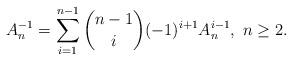
LaTeX: \begin{align*}A_n^{-1} = \sum_{i=1}^{n-1} \binom{n-1}{i} (-1)^{i+1} A_n^{i-1},\ n \geq 2. \end{align*}